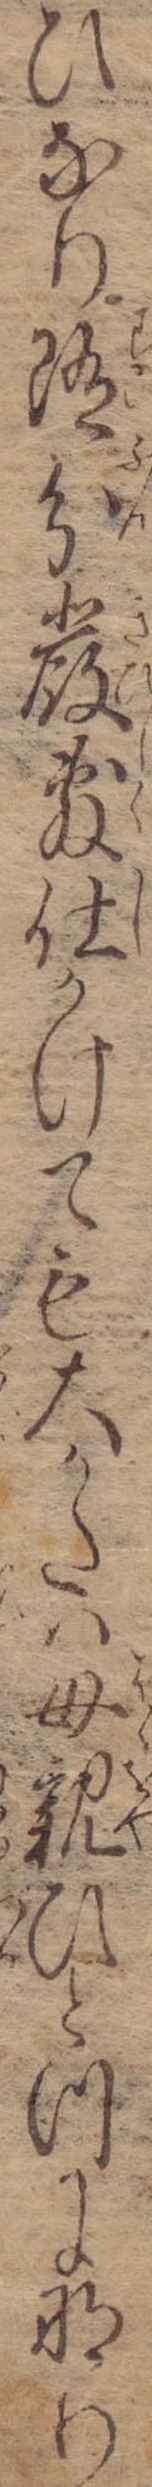
ひなり随分厳敷仕かけても大かたは母親ひとつになり